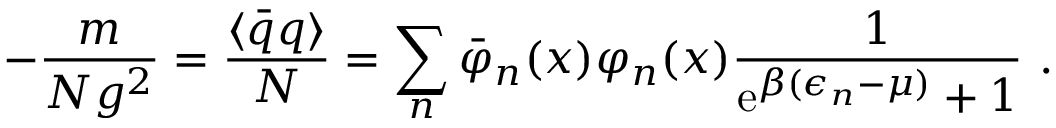
- \frac { m } { N g ^ { 2 } } = \frac { \langle \bar { q } q \rangle } { N } = \sum _ { n } \bar { \varphi } _ { n } ( x ) \varphi _ { n } ( x ) \frac { 1 } { \mathrm { e } ^ { \beta ( \epsilon _ { n } - \mu ) } + 1 } \ .